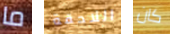
ما اللاحقة كان